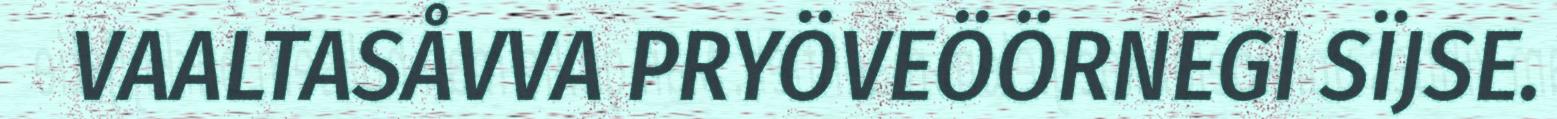
VAALTASÅVVA PRYÖVEÖÖRNEGI SÏJSE.